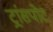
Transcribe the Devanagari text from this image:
ट्रांसपोट